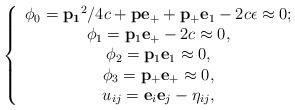
LaTeX: \begin{align*}\left\{\begin{array}{c}\phi_0={\bf p_1}^2/4c+{\bf p}{\bf e}_++{\bf p_+}{\bf e}_1-2c\epsilon\approx 0;\\\phi_1={\bf p}_1{\bf e}_+-2c\approx 0,\\\phi_2={\bf p}_1{\bf e}_1\approx 0,\\\phi_3={\bf p}_+{\bf e}_+\approx 0,\\u_{ij}={\bf e}_i{\bf e}_j-\eta_{ij},\end{array}\right.\end{align*}